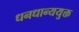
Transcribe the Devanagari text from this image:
धनधान्ययुक्त